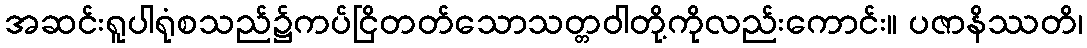
အဆင်းရူပါရုံစသည်၌ကပ်ငြိတတ်သောသတ္တဝါတို့ကိုလည်းကောင်း။ ပဇာနိဿတိ၊